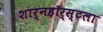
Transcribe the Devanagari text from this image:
शार्नहॉर्स्टला